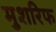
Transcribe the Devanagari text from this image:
मुशरिफ